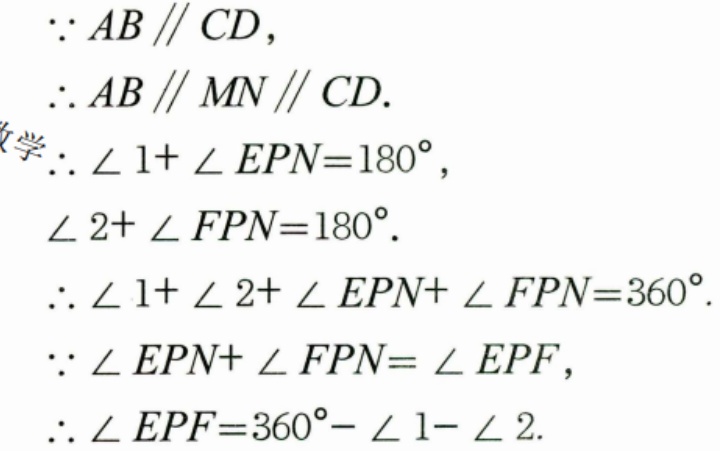
\(\because AB\parallel CD,\)
\(\therefore AB\parallel MN\parallel CD.\)
\(\therefore \angle 1 + \angle EPN = 180^{\circ},\)
\(\angle 2+\angle FPN = 180^{\circ}.\)
\(\therefore \angle 1+\angle 2+\angle EPN+\angle FPN = 360^{\circ}.\)
\(\because \angle EPN+\angle FPN=\angle EPF,\)
\(\therefore \angle EPF = 360^{\circ}-\angle 1-\angle 2.\)